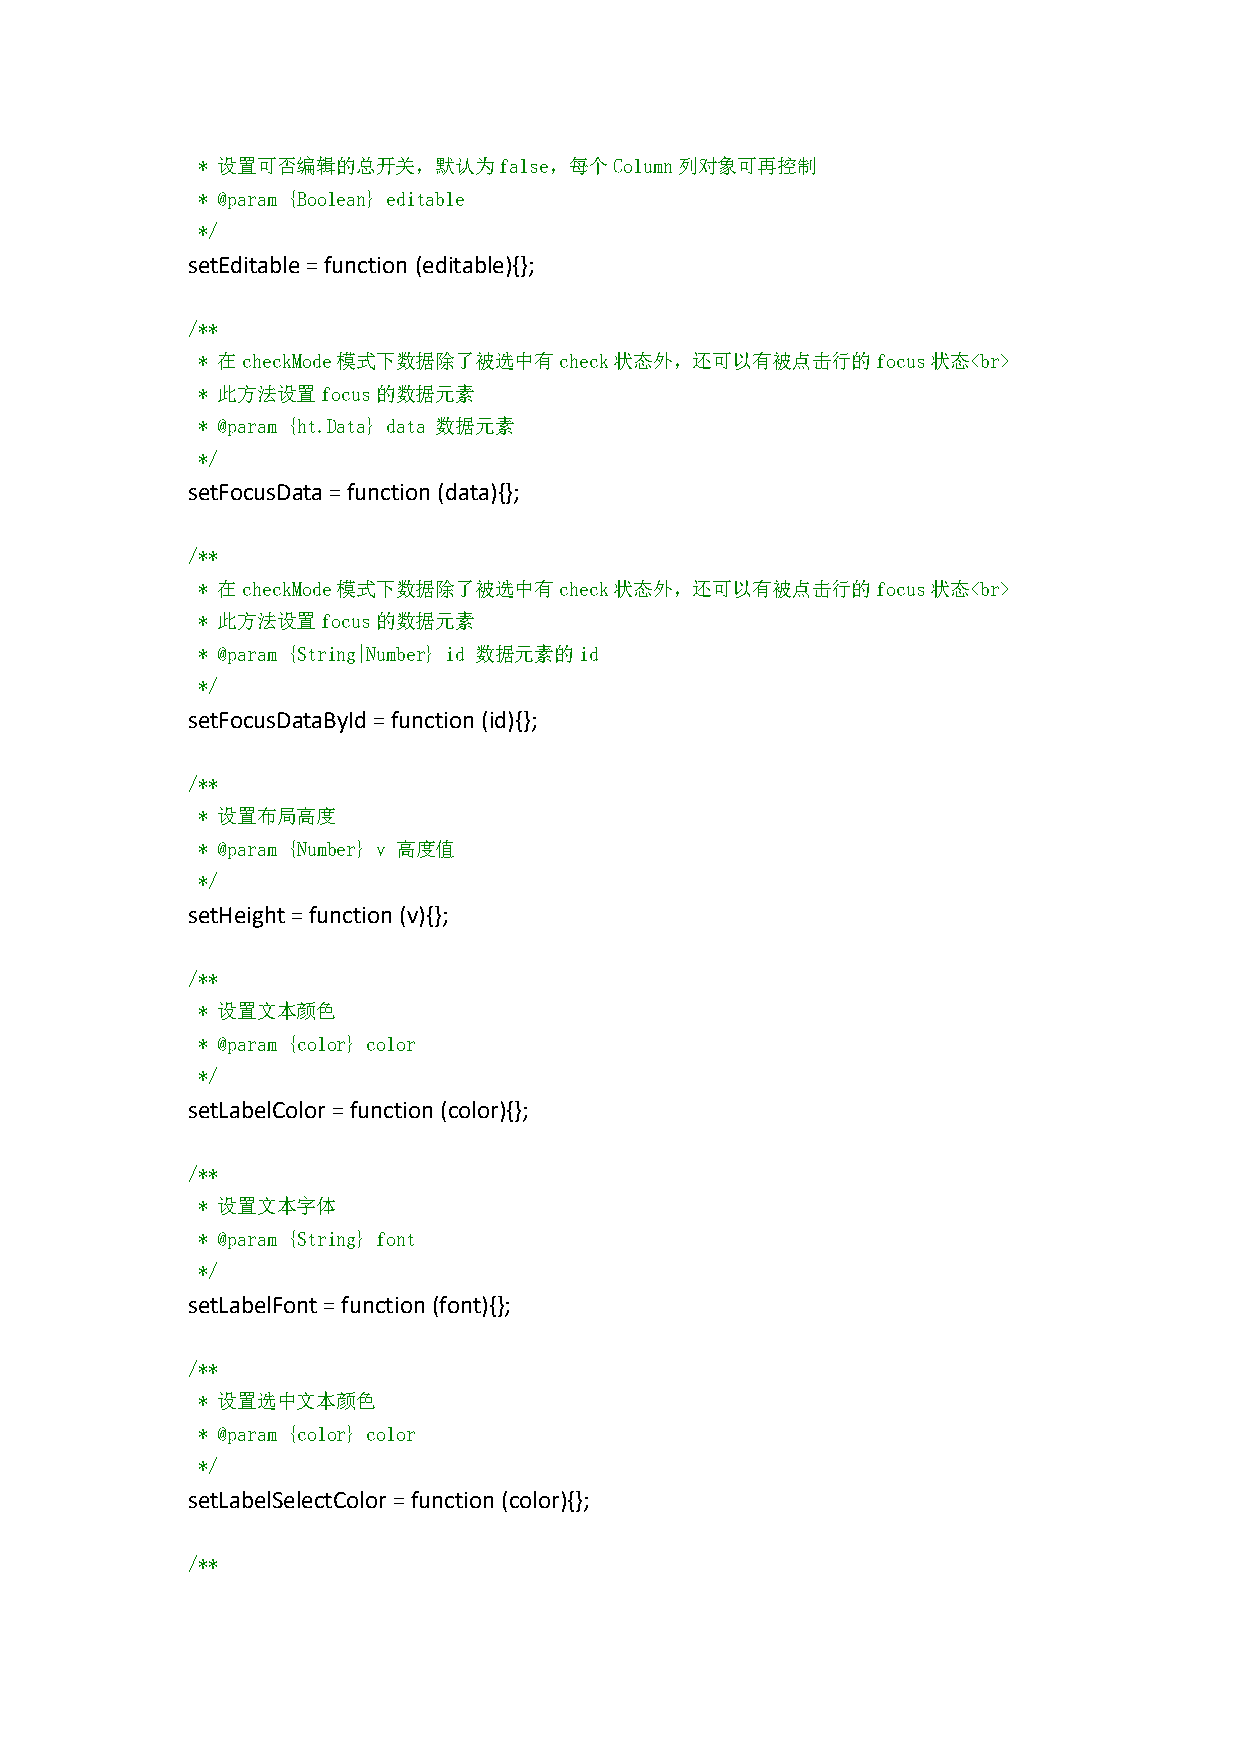
* 设置可否编辑的总开关，默认为false，每个Column列对象可再控制
 * @param {Boolean} editable
 */
 setEditable=function (editable){};
 /**
 * 在checkMode模式下数据除了被选中有check状态外，还可以有被点击行的focus状态<br>
 * 此方法设置focus的数据元素
 * @param {ht.Data} data 数据元素
 */
 setFocusData=function(data){};
 /**
 * 在checkMode模式下数据除了被选中有check状态外，还可以有被点击行的focus状态<br>
 * 此方法设置focus的数据元素
 * @param {String|Number} id 数据元素的id
 */
 setFocusDataById=function(id){};
 /**
 * 设置布局高度
 * @param {Number} v 高度值
 */
 setHeight=function(v){};
 /**
 * 设置文本颜色
 * @param {color} color
 */
 setLabelColor=function(color){};
 /**
 * 设置文本字体
 * @param {String} font
 */
 setLabelFont=function(font){};
 /**
 * 设置选中文本颜色
 * @param {color} color
 */
 setLabelSelectColor=function(color){};
 /**